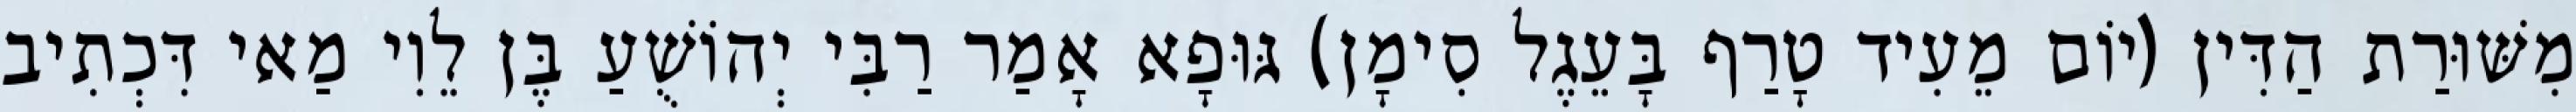
מִשּׁוּרַת הַדִּין (יוֹם מֵעִיד טָרַף בָּעֵגֶל סִימָן) גּוּפָא אָמַר רַבִּי יְהוֹשֻׁעַ בֶּן לֵוִי מַאי דִּכְתִיב